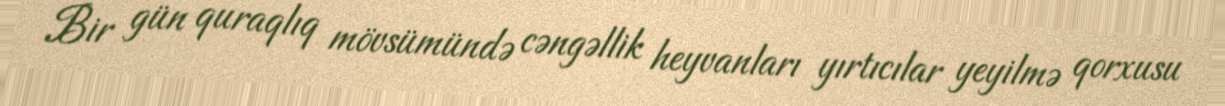
Bir gün quraqlıq mövsümündə cəngəllik heyvanları yırtıcılar yeyilmə qorxusu